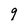
Character: 9